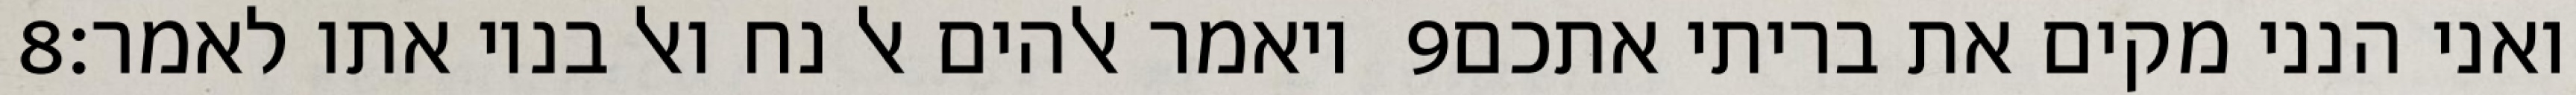
‎8‏ ויאמר אלהים אל נח ואל בניו אתו לאמר׃ ‎9‏ ואני הנני מקים את בריתי אתכם